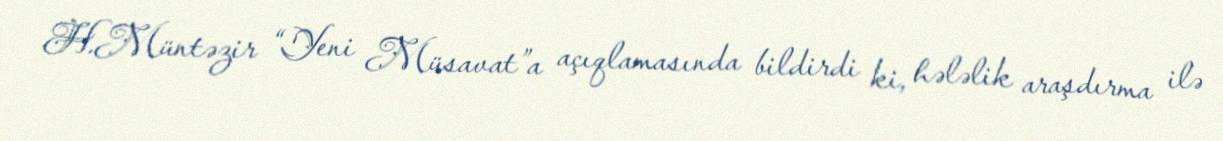
H.Müntəzir “Yeni Müsavat”a açıqlamasında bildirdi ki, hələlik araşdırma ilə